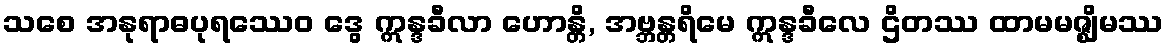
သစေ အနုရာဓပုရဿေဝ ဒွေ ဣန္ဒခီလာ ဟောန္တိ, အဗ္ဘန္တရိမေ ဣန္ဒခီလေ ဌိတဿ ထာမမဇ္ဈိမဿ